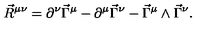
\vec { R } ^ { \mu \nu } = \partial ^ { \nu } \vec { \Gamma } ^ { \mu } - \partial ^ { \mu } \vec { \Gamma } ^ { \nu } - \vec { \Gamma } ^ { \mu } \wedge \vec { \Gamma } ^ { \nu } .